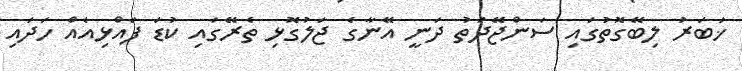
ޚަބަރު ލިބޭގޮތުގައި ސަންޖޭދަތު ދަނީ އޭނާގެ ޖަލުގޮޅި ތެރޭގައި ކުޑަ ފައްޅިއެއް ހަދައި